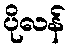
ပိုလန်